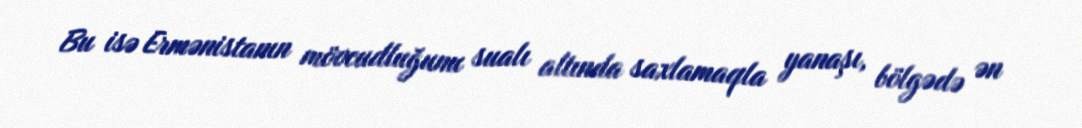
Bu isə Ermənistanın mövcudluğunu sualı altında saxlamaqla yanaşı, bölgədə ən